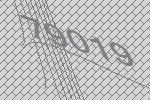
79019